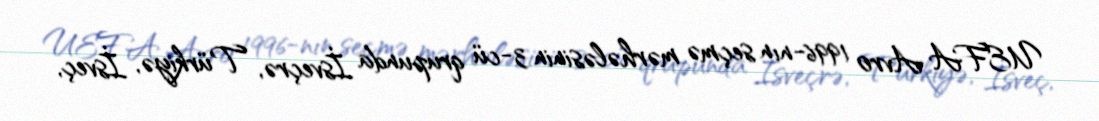
UEFA Avro 1996-nın seçmə mərhələsinin 3-cü qrupunda İsveçrə, Türkiyə, İsveç,